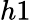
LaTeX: h1